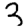
Digit: 3